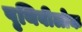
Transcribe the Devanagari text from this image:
पृथिवीलोक